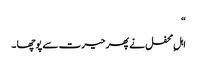
“
اہلِ محفل نے پھر حیرت سے پوچھا ۔